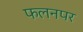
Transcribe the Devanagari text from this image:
फलनपर